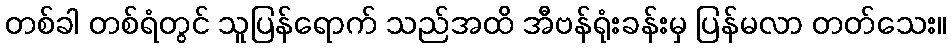
တစ်ခါ တစ်ရံတွင် သူပြန်ရောက် သည်အထိ အီဗန်ရုံးခန်းမှ ပြန်မလာ တတ်သေး။